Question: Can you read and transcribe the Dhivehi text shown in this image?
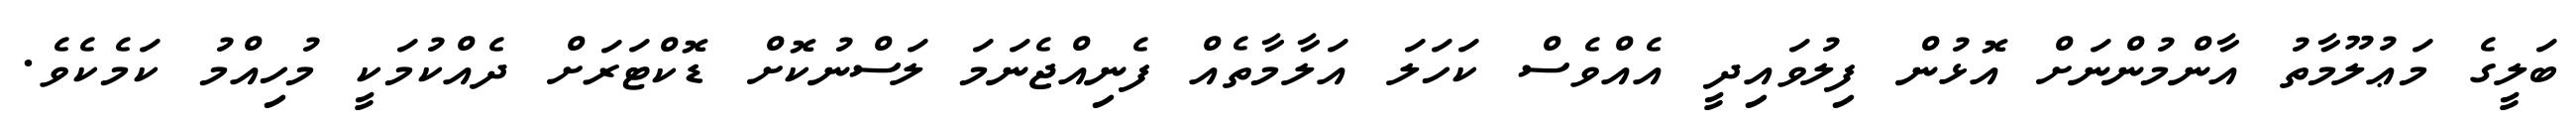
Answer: ބަލީގެ މަޢުލޫމާތު އާންމުންނަށް އޮޅުން ފިލުވައިދީ އެއްވެސް ކަހަލަ އަލާމާތެއް ފެނިއްޖެނަމަ ލަސްނުކޮށް ޑޮކްޓަރަށް ދެއްކުމަކީ މުހިއްމު ކަމެކެވެ.